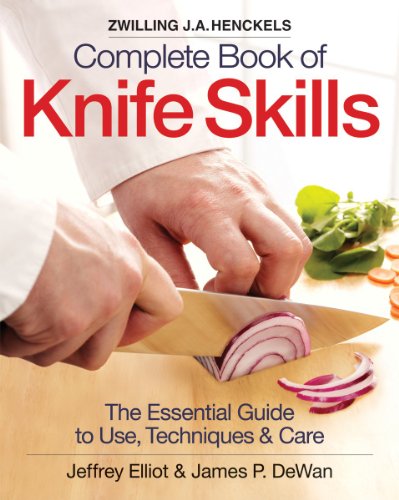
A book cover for The Zwilling J. A. Henckels Complete Book of Knife Skills: The Essential Guide to Use, Techniques and Care; Jeffrey Elliot; Cookbooks, Food & Wine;